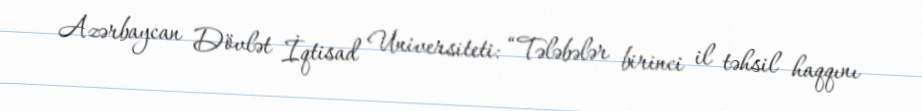
Azərbaycan Dövlət İqtisad Universiteti: “Tələbələr birinci il təhsil haqqını